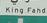
king